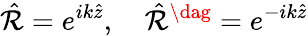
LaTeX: \hat{\mathcal{R}}=e^{ik\hat{z}},\quad\hat{\mathcal{R}}^{\dag}=e^{-ik\hat{z}}